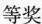
等奖